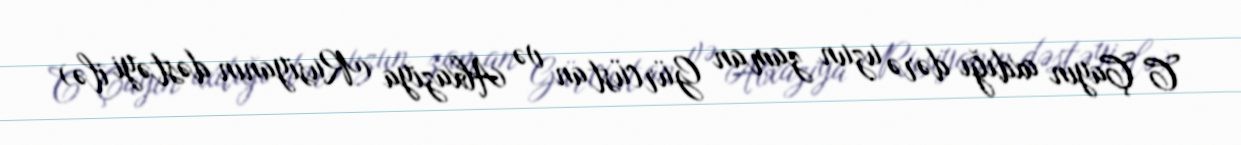
C Çayın axdığı dərə uzun zaman Gürcüstan və Abxaziya (Rusiyanın dəstəyi ilə)